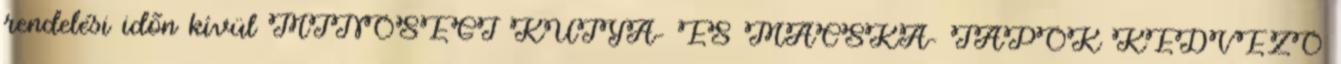
rendelési idõn kívül MINÕSÉGI KUTYA- ÉS MACSKA- TÁPOK KEDVEZÕ